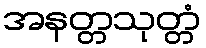
အနတ္တသုတ္တံ